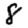
Digit: 8